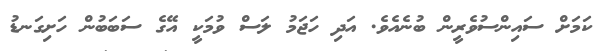
ކަމަށް ސައިންސުވެރީން ބުނެއެވެ. އަދި ހަޖަމު ލަސް ވުމަކީ އޭގެ ސަބަބުން ހަށިގަނޑު